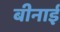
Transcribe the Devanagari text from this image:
बीनाई